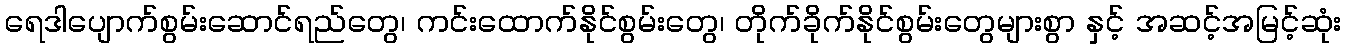
ရေဒါပျောက်စွမ်းဆောင်ရည်တွေ၊ ကင်းထောက်နိုင်စွမ်းတွေ၊ တိုက်ခိုက်နိုင်စွမ်းတွေများစွာ နှင့် အဆင့်အမြင့်ဆုံး